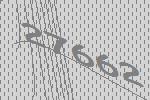
27662